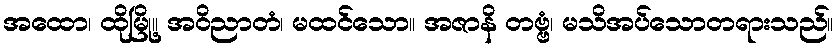
အထော၊ ထိုမြို့။ အဝိညာတံ၊ မထင်သော။ အဇာနိ တဗ္ဗံ၊ မသိအပ်သောတရားသည်။